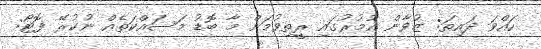
ހައްވަ ދައިތަ: ޒުވާން އުމުރުގައި ރީތިވުމަށް މާ ބޮޑު މަސައްކަތެއް ނުކުރޭ ފޮޓޯ: